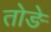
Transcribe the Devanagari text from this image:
तोङे